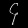
Digit: ၄